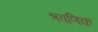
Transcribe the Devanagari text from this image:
श्रवणिक